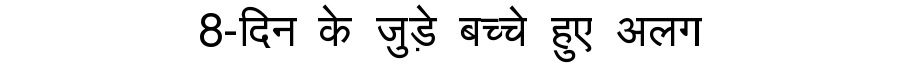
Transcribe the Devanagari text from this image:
8-दिन के जुड़े बच्चे हुए अलग